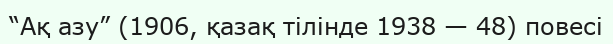
“Ақ азу” (1906, қазақ тілінде 1938 — 48) повесі